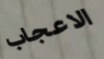
الاعجاب